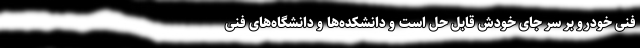
فنی خودرو بر سر جای خودش قابل حل است و دانشکده‌ها و دانشگاه‌های فنی